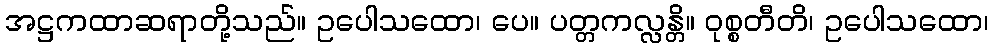
အဋ္ဌကထာဆရာတို့သည်။ ဥပေါသထော၊ ပေ။ ပတ္တကလ္လန္တိ။ ဝုစ္စတီတိ၊ ဥပေါသထော၊